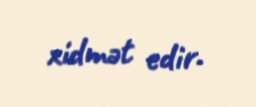
xidmət edir.